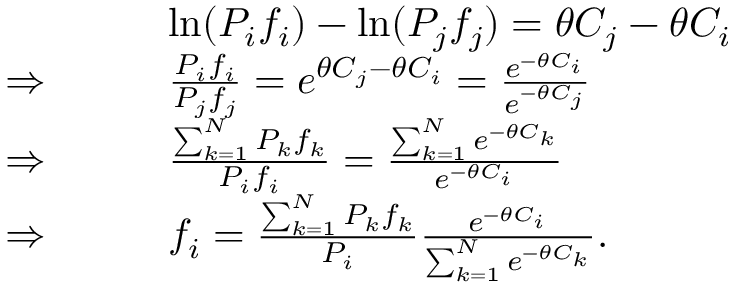
\begin{array} { r l } & { \mathrm { l n } ( P _ { i } f _ { i } ) - \mathrm { l n } ( P _ { j } f _ { j } ) = \theta C _ { j } - \theta C _ { i } } \\ { \Rightarrow \ \ \ \ \ \ } & { \frac { P _ { i } f _ { i } } { P _ { j } f _ { j } } = e ^ { \theta C _ { j } - \theta C _ { i } } = \frac { e ^ { - \theta C _ { i } } } { e ^ { - \theta C _ { j } } } } \\ { \Rightarrow \ \ \ \ \ \ } & { \frac { \sum _ { k = 1 } ^ { N } P _ { k } f _ { k } } { P _ { i } f _ { i } } = \frac { \sum _ { k = 1 } ^ { N } e ^ { - \theta C _ { k } } } { e ^ { - \theta C _ { i } } } } \\ { \Rightarrow \ \ \ \ \ \ } & { f _ { i } = \frac { \sum _ { k = 1 } ^ { N } P _ { k } f _ { k } } { P _ { i } } \frac { e ^ { - \theta C _ { i } } } { \sum _ { k = 1 } ^ { N } e ^ { - \theta C _ { k } } } . } \end{array}